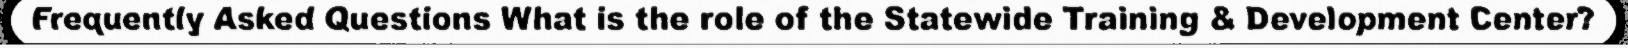
Frequently Asked Questions What is the role of the Statewide Training & Development Center?